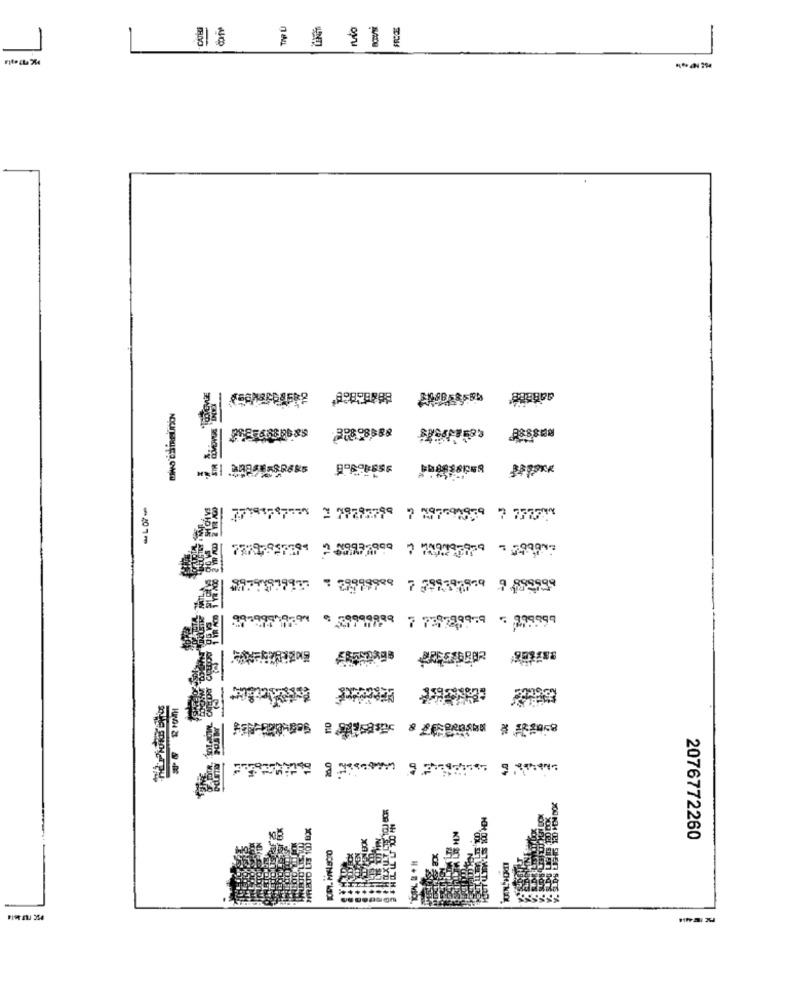
77791787738
2 79773799 7 X97591859 7 7777 **
77787847384
1779181999
* 28999999
7 739789.9 = 299999
-
2076772260